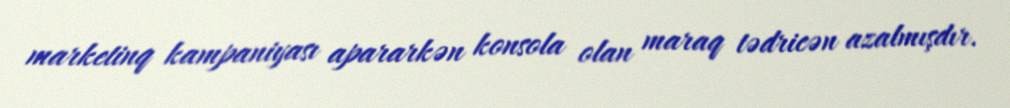
marketinq kampaniyası apararkən konsola olan maraq tədricən azalmışdır.